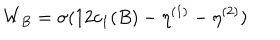
W _ { B } = \sigma ( 1 2 c _ { 1 } ( B ) - \eta ^ { ( 1 ) } - \eta ^ { ( 2 ) } )